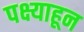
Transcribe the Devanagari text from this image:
पक्ष्याहून